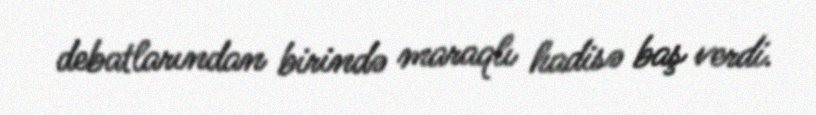
debatlarından birində maraqlı hadisə baş verdi.